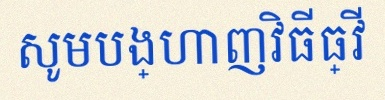
សូមបង្ហាញវិធីធ្វើ